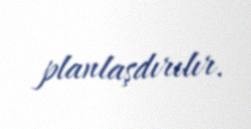
planlaşdırılır.